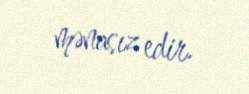
mənasız edir.